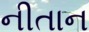
નીતાન